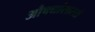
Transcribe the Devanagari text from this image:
औषधांसारखे